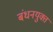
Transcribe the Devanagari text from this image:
बंधनयुक्त